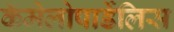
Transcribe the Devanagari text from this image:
कॅमेलोपार्डेलिस